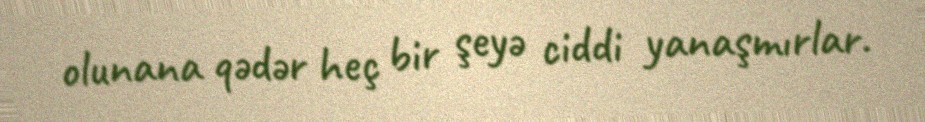
olunana qədər heç bir şeyə ciddi yanaşmırlar.